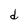
Character: d